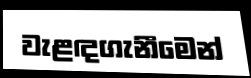
වැළඳගැනීමෙන්